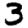
Digit: 3